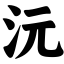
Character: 沅